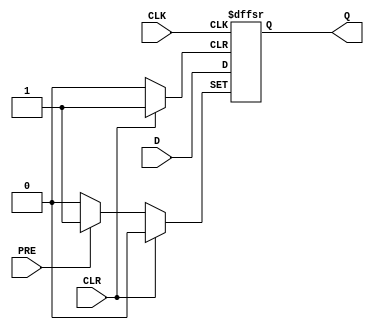
module d_flip_flop (
    input D,
    input CLK,
    input PRE,
    input CLR,
    output reg Q
);

always @ (posedge CLK or posedge PRE or posedge CLR)
begin
    if (PRE)
        Q <= 1'b1;
    else if (CLR)
        Q <= 1'b0;
    else
        Q <= D;
end

endmodule